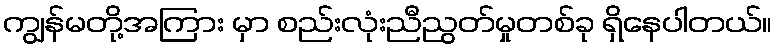
ကျွန်မတို့အကြား မှာ စည်းလုံးညီညွတ်မှုတစ်ခု ရှိနေပါတယ်။